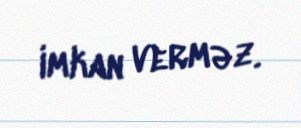
imkan verməz.